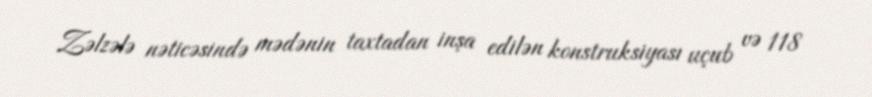
Zəlzələ nəticəsində mədənin taxtadan inşa edilən konstruksiyası uçub və 118